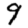
Digit: 9